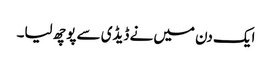
ایک دن میں نے ڈیڈی سے پوچھ لیا۔